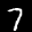
Label: 7